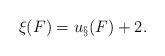
LaTeX: \begin{align*}\xi(F) = u_\S(F) +2.\end{align*}